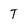
Character: T